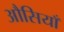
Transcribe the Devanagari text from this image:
औसियाँ